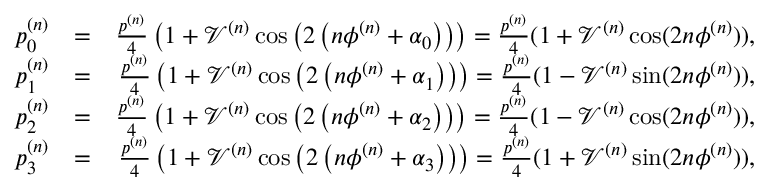
\begin{array} { r l r } { p _ { 0 } ^ { ( n ) } } & { = } & { \frac { p ^ { ( n ) } } { 4 } \left( 1 + \mathcal { V } ^ { ( n ) } \cos \left( 2 \left( n \phi ^ { ( n ) } + \alpha _ { 0 } \right) \right) \right) = \frac { p ^ { ( n ) } } { 4 } ( 1 + \mathcal { V } ^ { ( n ) } \cos ( 2 n \phi ^ { ( n ) } ) ) , } \\ { p _ { 1 } ^ { ( n ) } } & { = } & { \frac { p ^ { ( n ) } } { 4 } \left( 1 + \mathcal { V } ^ { ( n ) } \cos \left( 2 \left( n \phi ^ { ( n ) } + \alpha _ { 1 } \right) \right) \right) = \frac { p ^ { ( n ) } } { 4 } ( 1 - \mathcal { V } ^ { ( n ) } \sin ( 2 n \phi ^ { ( n ) } ) ) , } \\ { p _ { 2 } ^ { ( n ) } } & { = } & { \frac { p ^ { ( n ) } } { 4 } \left( 1 + \mathcal { V } ^ { ( n ) } \cos \left( 2 \left( n \phi ^ { ( n ) } + \alpha _ { 2 } \right) \right) \right) = \frac { p ^ { ( n ) } } { 4 } ( 1 - \mathcal { V } ^ { ( n ) } \cos ( 2 n \phi ^ { ( n ) } ) ) , } \\ { p _ { 3 } ^ { ( n ) } } & { = } & { \frac { p ^ { ( n ) } } { 4 } \left( 1 + \mathcal { V } ^ { ( n ) } \cos \left( 2 \left( n \phi ^ { ( n ) } + \alpha _ { 3 } \right) \right) \right) = \frac { p ^ { ( n ) } } { 4 } ( 1 + \mathcal { V } ^ { ( n ) } \sin ( 2 n \phi ^ { ( n ) } ) ) , } \end{array}